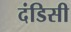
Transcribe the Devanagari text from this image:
दंडिसी